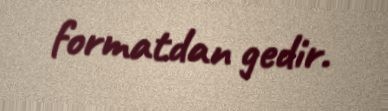
formatdan gedir.